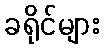
ခရိုင်များ